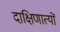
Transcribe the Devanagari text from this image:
दाक्षिणात्यों